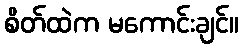
စိတ်ထဲက မကောင်းချင်။